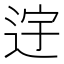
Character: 䢓